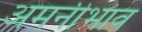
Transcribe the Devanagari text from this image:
अमनीभाव